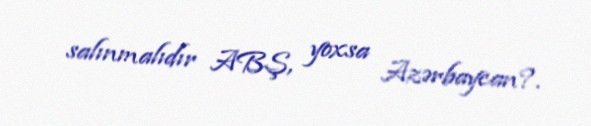
salınmalıdır ABŞ, yoxsa Azərbaycan?.